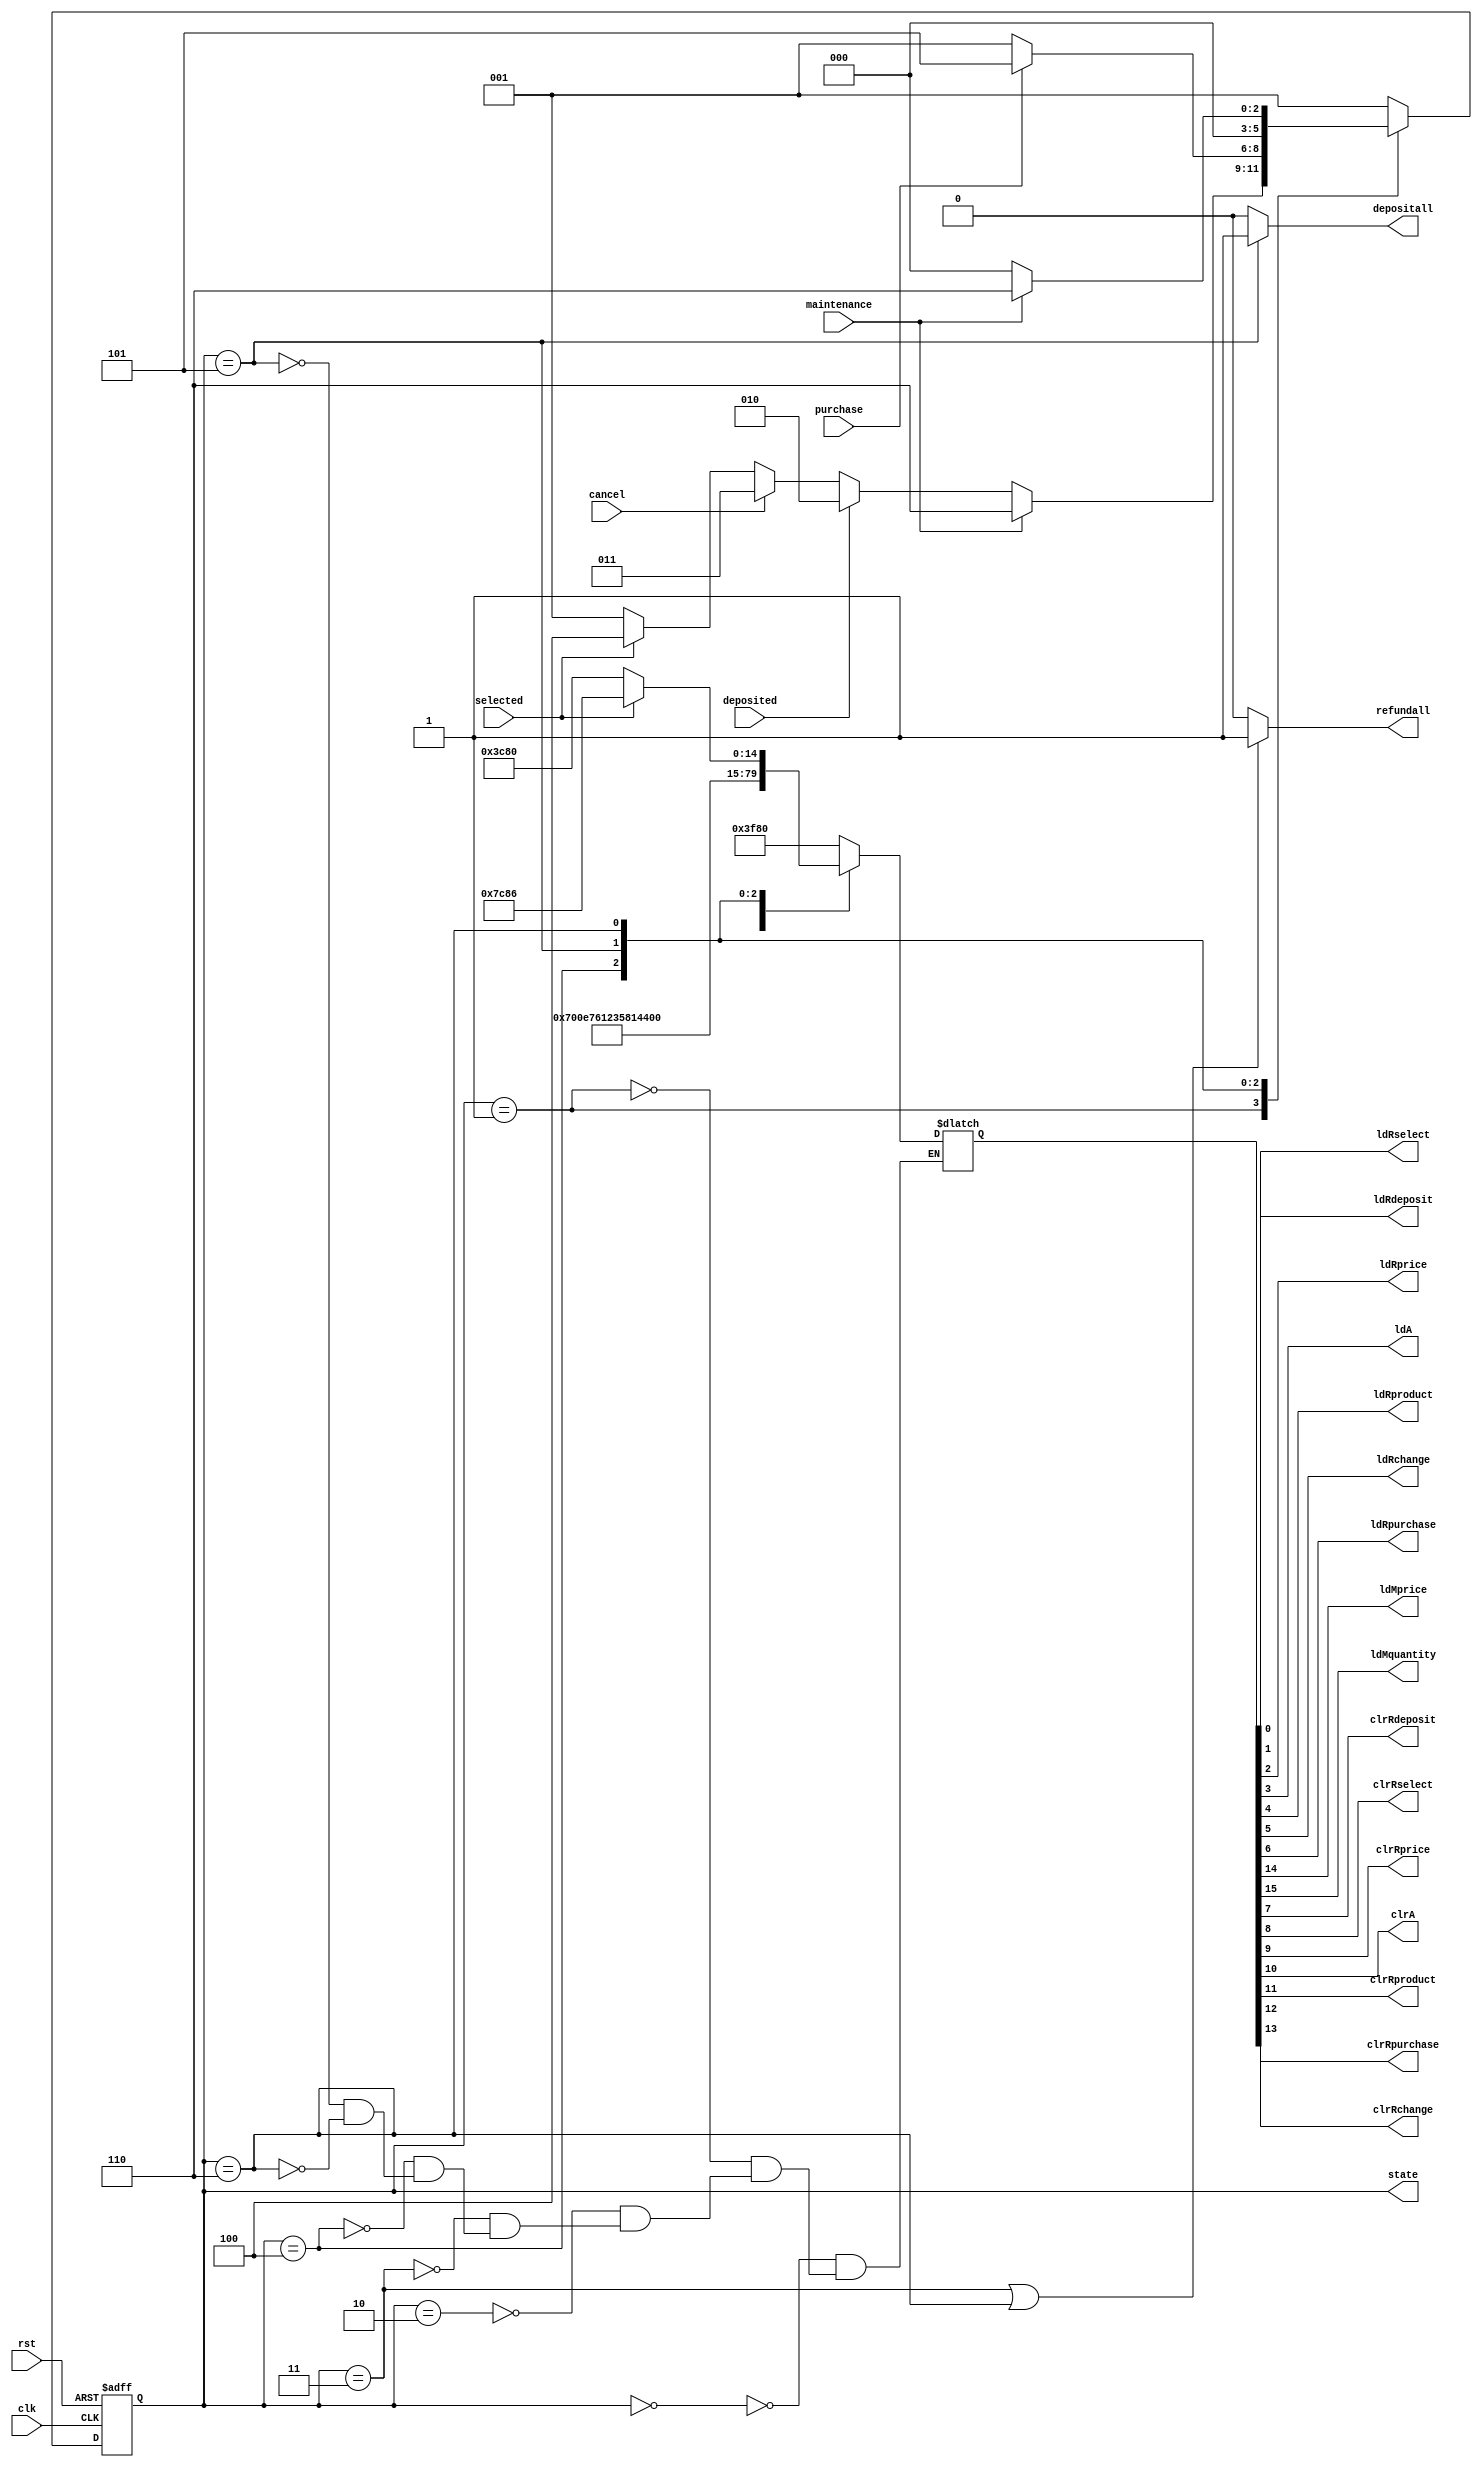
module cu(clk, rst, deposited, selected, cancel, maintenance, purchase,
			ldRdeposit, ldRselect, ldRprice, ldA, ldRproduct, ldRchange,
			ldRpurchase, ldMprice, ldMquantity, clrRdeposit, clrRselect,
			clrRprice, clrA, clrRproduct, clrRchange, clrRpurchase,
			refundall, depositall, state);
	input	clk, rst;
	input	deposited, selected, cancel, maintenance, purchase;
	output	ldRdeposit, ldRselect, ldRprice, ldA, ldRproduct, ldRchange;
	output	ldRpurchase, ldMprice, ldMquantity, clrRdeposit, clrRselect;
	output	clrRprice, clrA, clrRproduct, clrRchange, clrRpurchase;
	output	refundall, depositall;
	output	[2:0] state;
	reg		[2:0] pstate, nstate;
	reg		[15:0] cv;
	parameter	S_init = 3'b000, S_wait = 3'b001, S_deposit = 3'b010, 
				S_cancel = 3'b011, S_select = 3'b100, S_purchase = 3'b101, 
				S_maintenance = 3'b110;

	// state register submodule
	always @ (negedge clk or negedge rst) begin
		if (rst == 0)	pstate <= S_init;
		else			pstate <= nstate;
	end

	// next state logic
	always @ (pstate or cancel or maintenance or deposited or selected or purchase) begin
		case (pstate)
			S_init:
				nstate = S_wait;
			S_wait:
				if (maintenance)	nstate = S_maintenance;
				else if (deposited)	nstate = S_deposit;
				else if (cancel)	nstate = S_cancel;
				else if (selected)	nstate = S_select;
				else				nstate = S_wait;
			S_select:
				if (purchase)		nstate = S_purchase;
				else				nstate = S_wait;
			S_purchase:				nstate = S_init;
			S_maintenance:
				if (maintenance)	nstate = S_maintenance;
				else				nstate = S_init;
			default:				nstate = S_wait;
		endcase
	end

	// output logic
	always @ (pstate or selected) begin
		case (pstate)
			S_init:				cv = 16'b0011_1111_1000_0000;
			S_wait:				cv = 16'b0011_1000_0000_0111;
			S_deposit:			cv = 16'b0011_1011_0000_1001;
			S_cancel:			cv = 16'b0011_1111_1000_0000;
			S_select:			cv = 16'b0001_1010_1100_0000;
			S_purchase:			cv = 16'b1010_0010_1011_0000;
			S_maintenance:
				if (selected)	cv = 16'b0111_1100_1000_0110;
				else			cv = 16'b0011_1100_1000_0000;
		endcase
	end

	assign state = pstate;
	assign ldRdeposit	= cv[0];
	assign ldRselect	= cv[1];
	assign ldRprice		= cv[2];
	assign ldA			= cv[3];
	assign ldRproduct	= cv[4];
	assign ldRchange	= cv[5];
	assign ldRpurchase	= cv[6];
	assign clrRdeposit	= cv[7];
	assign clrRselect	= cv[8];
	assign clrRprice	= cv[9];
	assign clrA			= cv[10];
	assign clrRproduct	= cv[11];
	assign clrRchange	= cv[12];
	assign clrRpurchase	= cv[13];
	assign ldMprice		= cv[14];
	assign ldMquantity	= cv[15];
	assign refundall	= (state == S_cancel || state == S_maintenance) ? 1'b1 : 1'b0;
	assign depositall	= (state == S_purchase)   ? 1'b1 : 1'b0;
endmodule